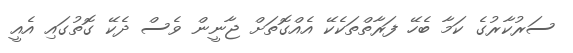
ސަރުކާރުގެ ކަމާ ބެހޭ ފަރާތްތަކެކޭ އެއްގޮތަށް ޖާނީން ވެސް ދެކޭ ގޮތުގައި އެއީ